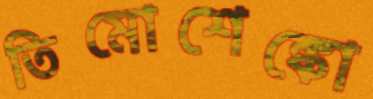
তিমোশেঙ্কো